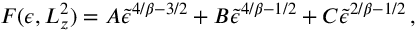
F ( \epsilon , L _ { z } ^ { 2 } ) = A \tilde { \epsilon } ^ { 4 / \beta - 3 / 2 } + B \tilde { \epsilon } ^ { 4 / \beta - 1 / 2 } + C \tilde { \epsilon } ^ { 2 / \beta - 1 / 2 } \, ,